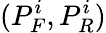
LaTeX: (P_{F}^{i},P_{R}^{i})